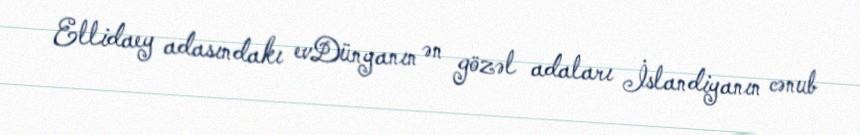
Ellidaey adasındakı evDünyanın ən gözəl adaları İslandiyanın cənub